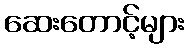
ဆေးတောင့်များ